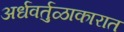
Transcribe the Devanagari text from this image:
अर्धवर्तुळाकारात